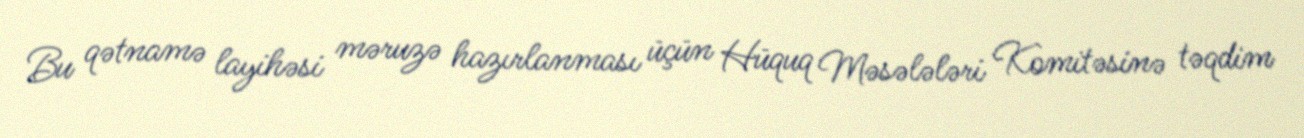
Bu qətnamə layihəsi məruzə hazırlanması üçün Hüquq Məsələləri Komitəsinə təqdim